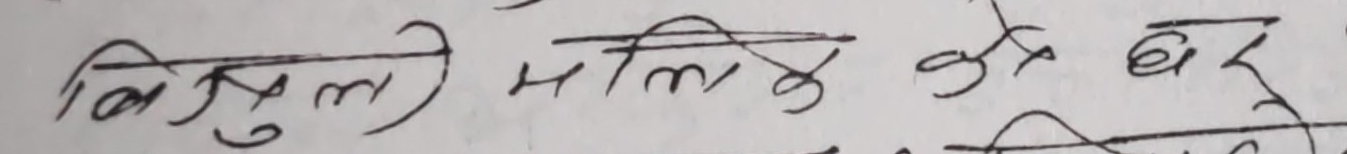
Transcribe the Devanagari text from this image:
बिसुल मलिक को घर